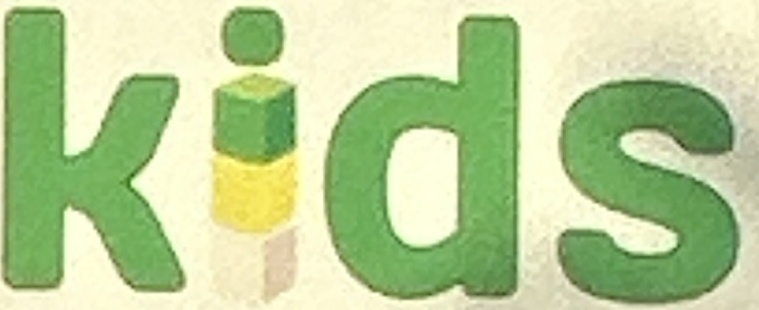
Kids